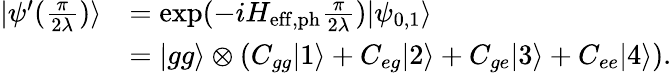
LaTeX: \begin{array}{rl}{|\psi^{\prime}(\frac{\pi}{2\lambda})\rangle}&{=\mathrm{exp}(-iH_{\mathrm{eff,ph}}\frac{\pi}{2\lambda})|\psi_{0,1}\rangle}\\ &{=|gg\rangle\otimes(C_{gg}|1\rangle+C_{eg}|2\rangle+C_{ge}|3\rangle+C_{ee}|4\rangle).}\end{array}